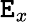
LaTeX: \mathtt{E}_{x}